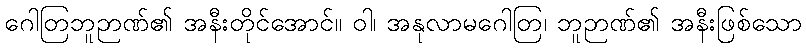
ဂေါတြဘူဉာဏ်၏ အနီးတိုင်အောင်။ ဝါ၊ အနုလာမဂေါတြ၊ ဘူဉာဏ်၏ အနီးဖြစ်သော